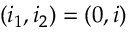
( i _ { 1 } , i _ { 2 } ) = ( 0 , i )